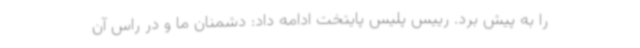
را به پیش برد. رییس پلیس پایتخت ادامه داد: دشمنان ما و در راس آن